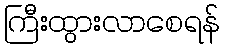
ကြီးထွားလာစေရန်